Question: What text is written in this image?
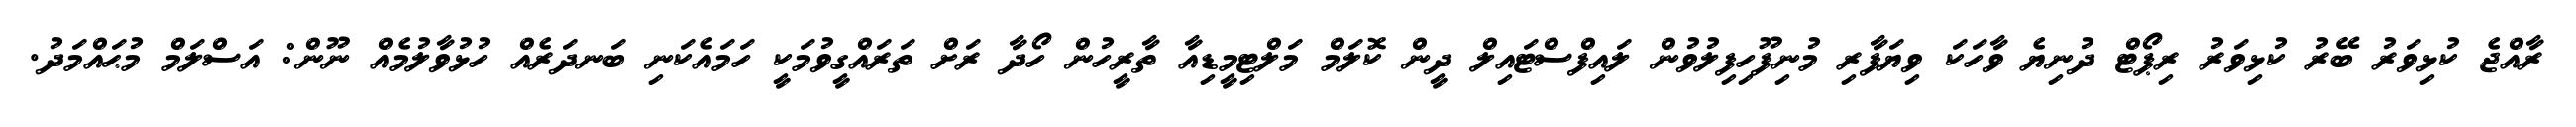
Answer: ރާއްޖެ ކުޅިވަރު ބޭރު ކުޅިވަރު ރިޕޯޓް ދުނިޔެ ވާހަކަ ވިޔަފާރި މުނިފޫހިފިލުވުން ލައިފްސްޓައިލް ދީން ކޮލަމް މަލްޓިމީޑިއާ ތާރީހުން ހޯދާ ރަށް ތަރައްގީވުމަކީ ހަމައެކަނި ބަނދަރެއް ހުޅުވާލުމެއް ނޫން: އަސްލަމް މުޙައްމަދު.